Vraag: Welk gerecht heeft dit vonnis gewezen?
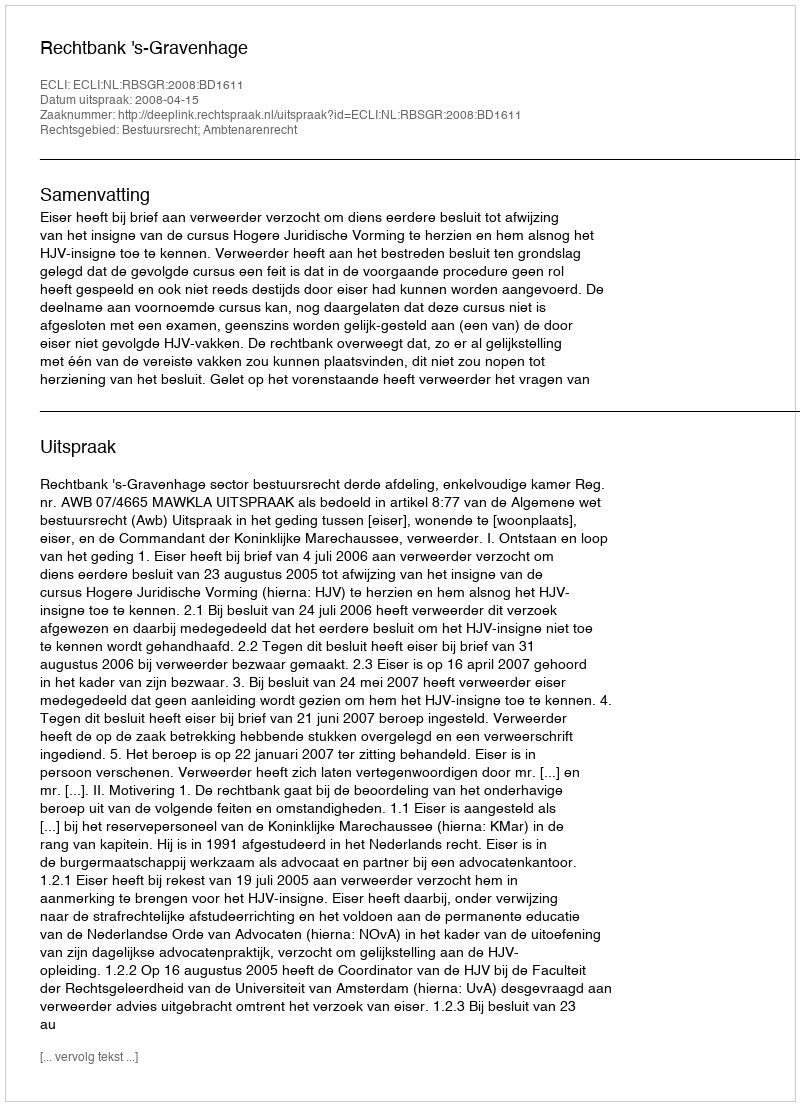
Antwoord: Rechtbank 's-Gravenhage